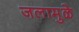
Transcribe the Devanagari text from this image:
जलामुळे